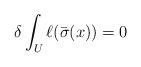
LaTeX: \begin{align*}\delta\int_U\ell(\bar\sigma(x))=0\end{align*}